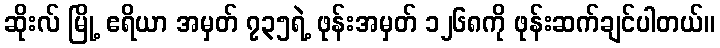
ဆိုးလ် မြို့ ဧရိယာ အမှတ် ၇၃၅ရဲ့ ဖုန်းအမှတ် ၁၂၆၈ကို ဖုန်းဆက်ချင်ပါတယ်။